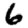
Digit: 6